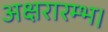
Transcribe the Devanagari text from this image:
अक्षरारम्भ।